Scientific memoirs by medical officers of the Army of India - Part XI,
Year: 1898
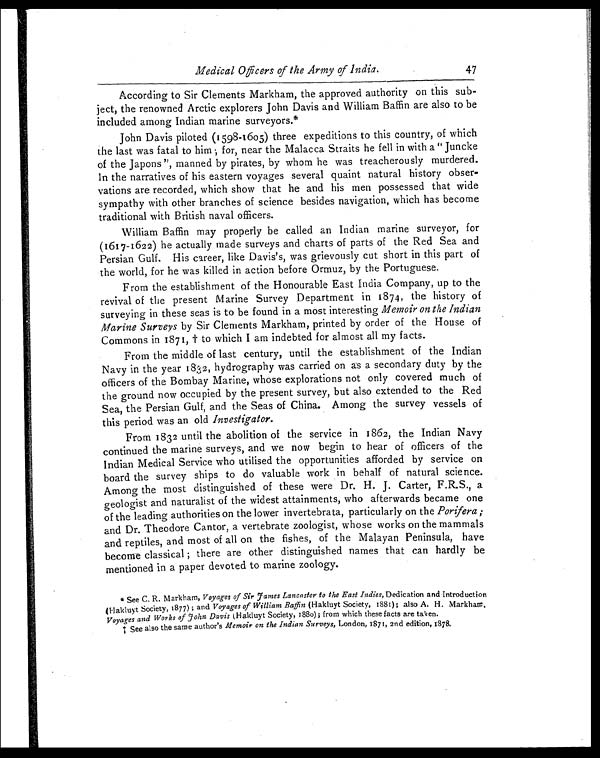
Medical Officers of the Army of India.
47
According to Sir Clements Markham, the approved authority on this sub-
ject, the renowned Arctic explorers John Davis and William Baffin are also to be
included among Indian marine surveyors.*
John Davis piloted (1598-1605) three expeditions to this country, of which
the last was fatal to him; for, near the Malacca Straits he fell in with a "Juncke
of the Japons", manned by pirates, by whom he was treacherously murdered.
In the narratives of his eastern voyages several quaint natural history obser-
vations are recorded, which show that he and his men possessed that wide
sympathy with other branches of science besides navigation, which has become
traditional with British naval officers.
William Baffin may properly be called an Indian marine surveyor, for
(1617-1622) he actually made surveys and charts of parts of the Red Sea and
Persian Gulf. His career, like Davis's, was grievously cut short in this part of
the world, for he was killed in action before Ormuz, by the Portuguese,
From the establishment of the Honourable East India Company, up to the
revival of the present Marine Survey Department in 1874, the history of
surveying in these seas is to be found in a most interesting Memoir on Me Indian
Marine Surveys by Sir Clements Markham, printed by order of the House of
Commons in 1871, † to which I am indebted for almost all my facts.
From the middle of last century, until the establishment of the Indian
Navy in the year 182, hydrography was carried on as a secondary duty by the
officers of the Bombay Marine, whose explorations not only covered much of
the ground now occupied by the present survey, but also extended to the Red
Sea, the Persian Gulf, and the Seas of China. Among the survey vessels of
this period was an old Investigator.
From 1832 until the abolition of the service in 1862, the Indian Navy
continued the marine surveys, and we now begin to hear of officers of the
Indian Medical Service who utilised the opportunities afforded by service on
board the survey ships to do valuable work in behalf of natural science.
Among the most distinguished of these were Dr. H. J. Carter, F.R.S., a
geologist and naturalist of the widest attainments, who afterwards became one
of the leading authorities on the lower invertebrata, particularly on the Porifera;
and Dr. Theodore Cantor, a vertebrate zoologist, whose works on the mammals
and reptiles, and most of all on the fishes, of the Malayan Peninsula, have
become classical; there are other distinguished names that can hardly be
mentioned in a paper devoted to marine zoology.
* See C. R. Markham, Voyages of Sir fames Lancaster to the East Indies, Dedication and Introduction
(Hakluyt Society, 1877); and Voyages of William Baffin (Hakluyt Society, 1881); also A. H. Markham,
Voyages and Works of john Davis (Hakluyt Society, 1880); from which these facts are taken.
† See also the same author's Memoir on the Indian Surveys, London, 1871, 2nd edition, 1878.